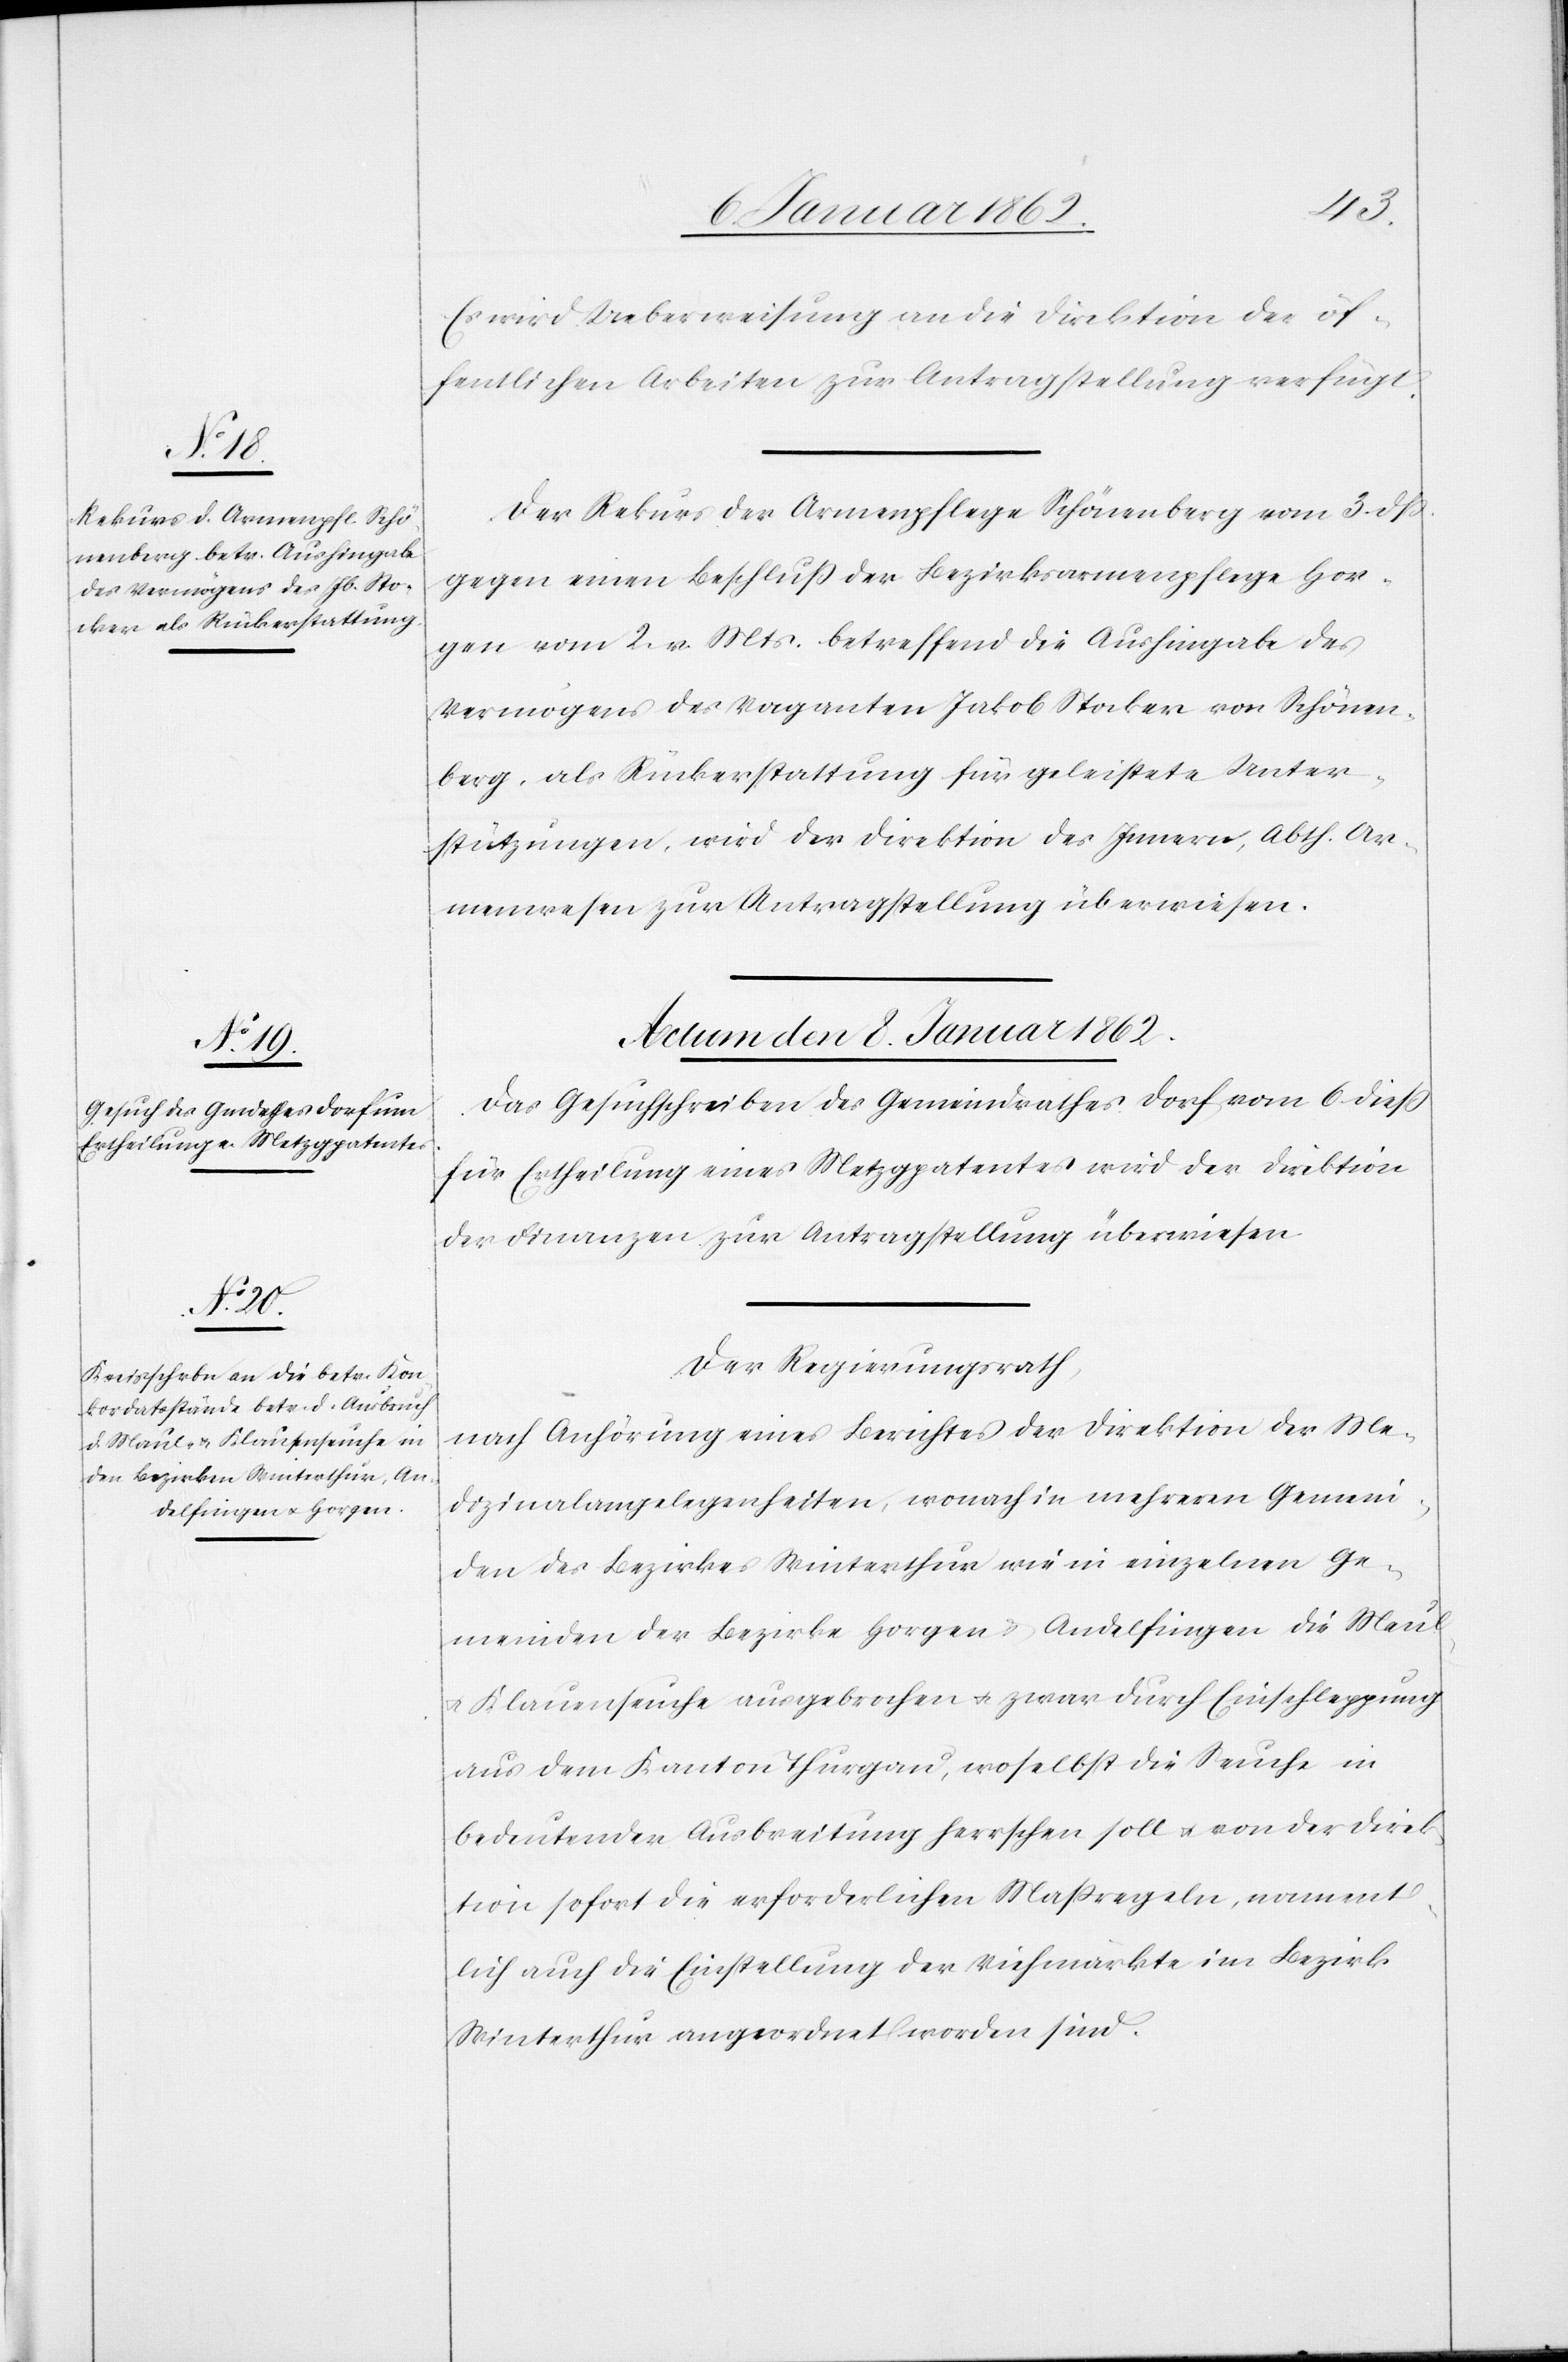
Es wird Ueberweisung an die Direktion der öf¬
fentlichen Arbeiten zur Antragstellung verfügt.
Der Rekurs der Armenpflege Schönenberg vom 3. dß.
gegen einen Beschluß der Bezirksarmenpflege Hor¬
gen vom 2. v. Mts. betreffend die Aushingabe des
Vermögens des Vaganten Jakob Stocker von Schönen¬
berg, als Rückerstattung für geleistete Unter¬
stützungen, wird der Direktion des Innern, Abth. Ar¬
menwesen zur Antragstellung überwiesen.
Actum den 8. Januar 1862.]
Das Gesuchschreiben des Gemeindrathes Dorf vom 6 dieß
für Ertheilung eines Metzgpatentes wird der Direktion
der Finanzen zur Antragstellung überwiesen.
Der Regierungsrath,
nach Anhörung eines Berichtes der Direktion der Me¬
dizinalangelegenheiten, wonach in mehreren Gemein¬
den des Bezirkes Winterthur wie in einzelnen Ge¬
meinden der Bezirke Horgen u. Andelfingen die Maul-
und Klauenseuche ausgebrochen u. zwar durch Einschleppung
aus dem Kanton Thurgau, woselbst die Seuche in
bedeutender Ausbreitung herrschen soll u. von der Direk¬
tion sofort die erforderlichen Maßregeln, nament¬
lich auch die Einstellung der Viehmärkte im Bezirk
Winterthur angeordnet worden sind.